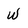
Character: w